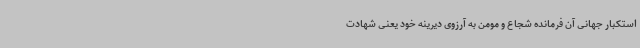
استکبار جهانی آن فرمانده شجاع و مومن به آرزوی دیرینه خود یعنی شهادت